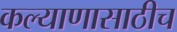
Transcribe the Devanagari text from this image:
कल्याणासाठीच